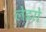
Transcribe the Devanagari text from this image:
लेइरो